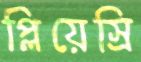
প্লিয়েস্রি